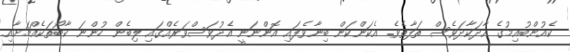
ކެއުންބުއިމުގެ އާދަކާދަވެސް ތަފާތެވެ. އެކަންކަން ބިނާވެފައި އޮންނަނީ އެދުވަސްވަރެއްގައި ލިބެން ހުންނަ ކާބޯތަކެއްޗަށާއި